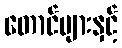
တောင်များနှင့်